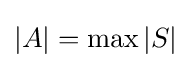
\left|A\right|=\max \left|S\right|